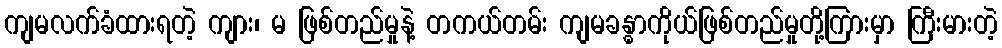
ကျမလက်ခံထားရတဲ့ ကျား၊ မ ဖြစ်တည်မှုနဲ့ တကယ်တမ်း ကျမခန္ဓာကိုယ်ဖြစ်တည်မှုတို့ကြားမှာ ကြီးမားတဲ့